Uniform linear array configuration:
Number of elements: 12
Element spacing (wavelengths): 0.25
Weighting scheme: exponential
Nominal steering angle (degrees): -45
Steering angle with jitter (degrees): -43.996
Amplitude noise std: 0.05
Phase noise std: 0.05

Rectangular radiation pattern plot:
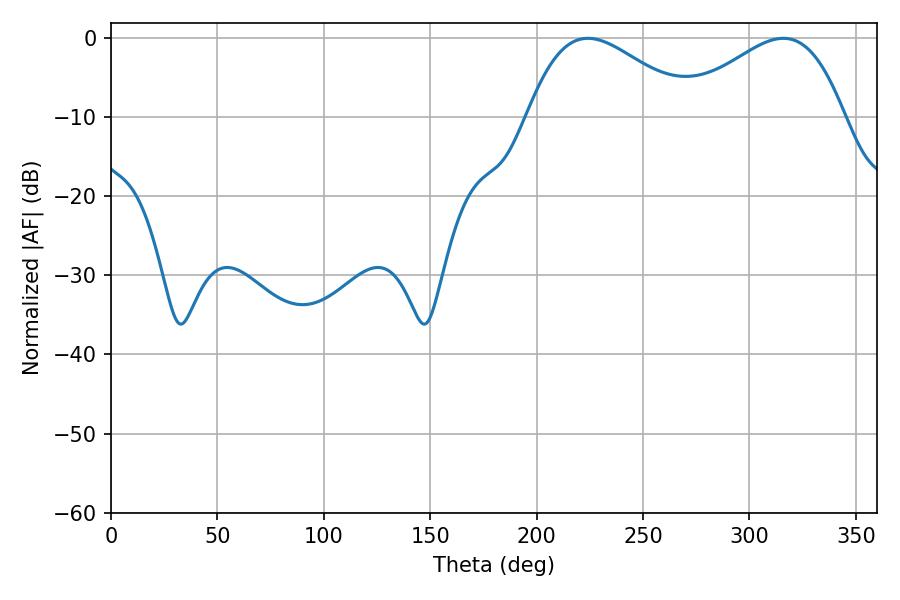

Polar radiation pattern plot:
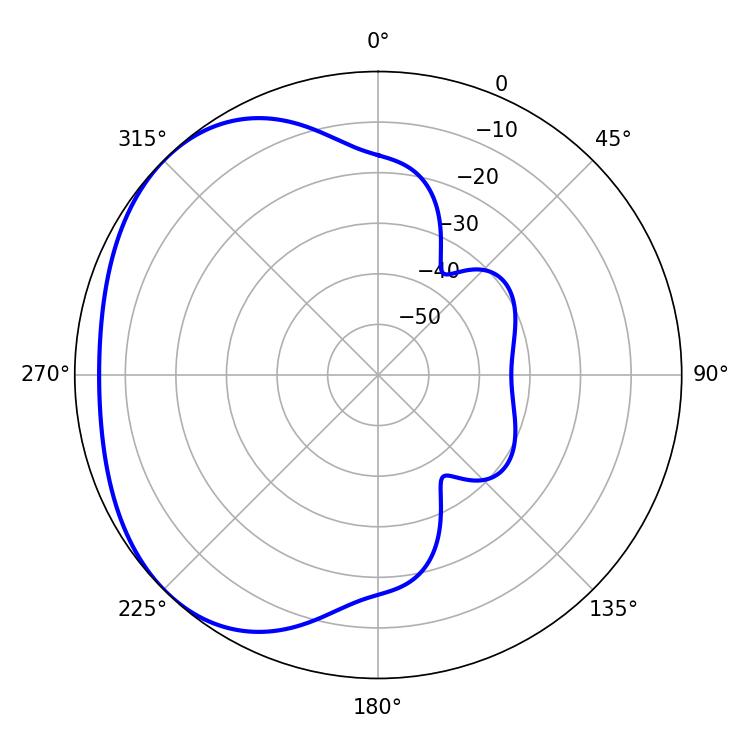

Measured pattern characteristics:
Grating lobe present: FALSE
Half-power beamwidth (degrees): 41.76
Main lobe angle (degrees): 224.1